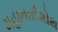
મહામારીશોથ